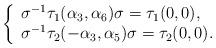
LaTeX: \begin{align*}\left\{\begin{array}{l} \sigma^{-1} \tau_{1}(\alpha_{3},\alpha_{6}) \sigma = \tau_{1}(0,0), \\ \sigma^{-1} \tau_{2}(-\alpha_{3},\alpha_{5}) \sigma = \tau_{2}(0,0). \end {array} \right. \end{align*}